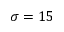
\sigma = 1 5